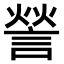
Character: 𮘠